Eesti_Vabariigi_Tartu_Ulikool, lk 28
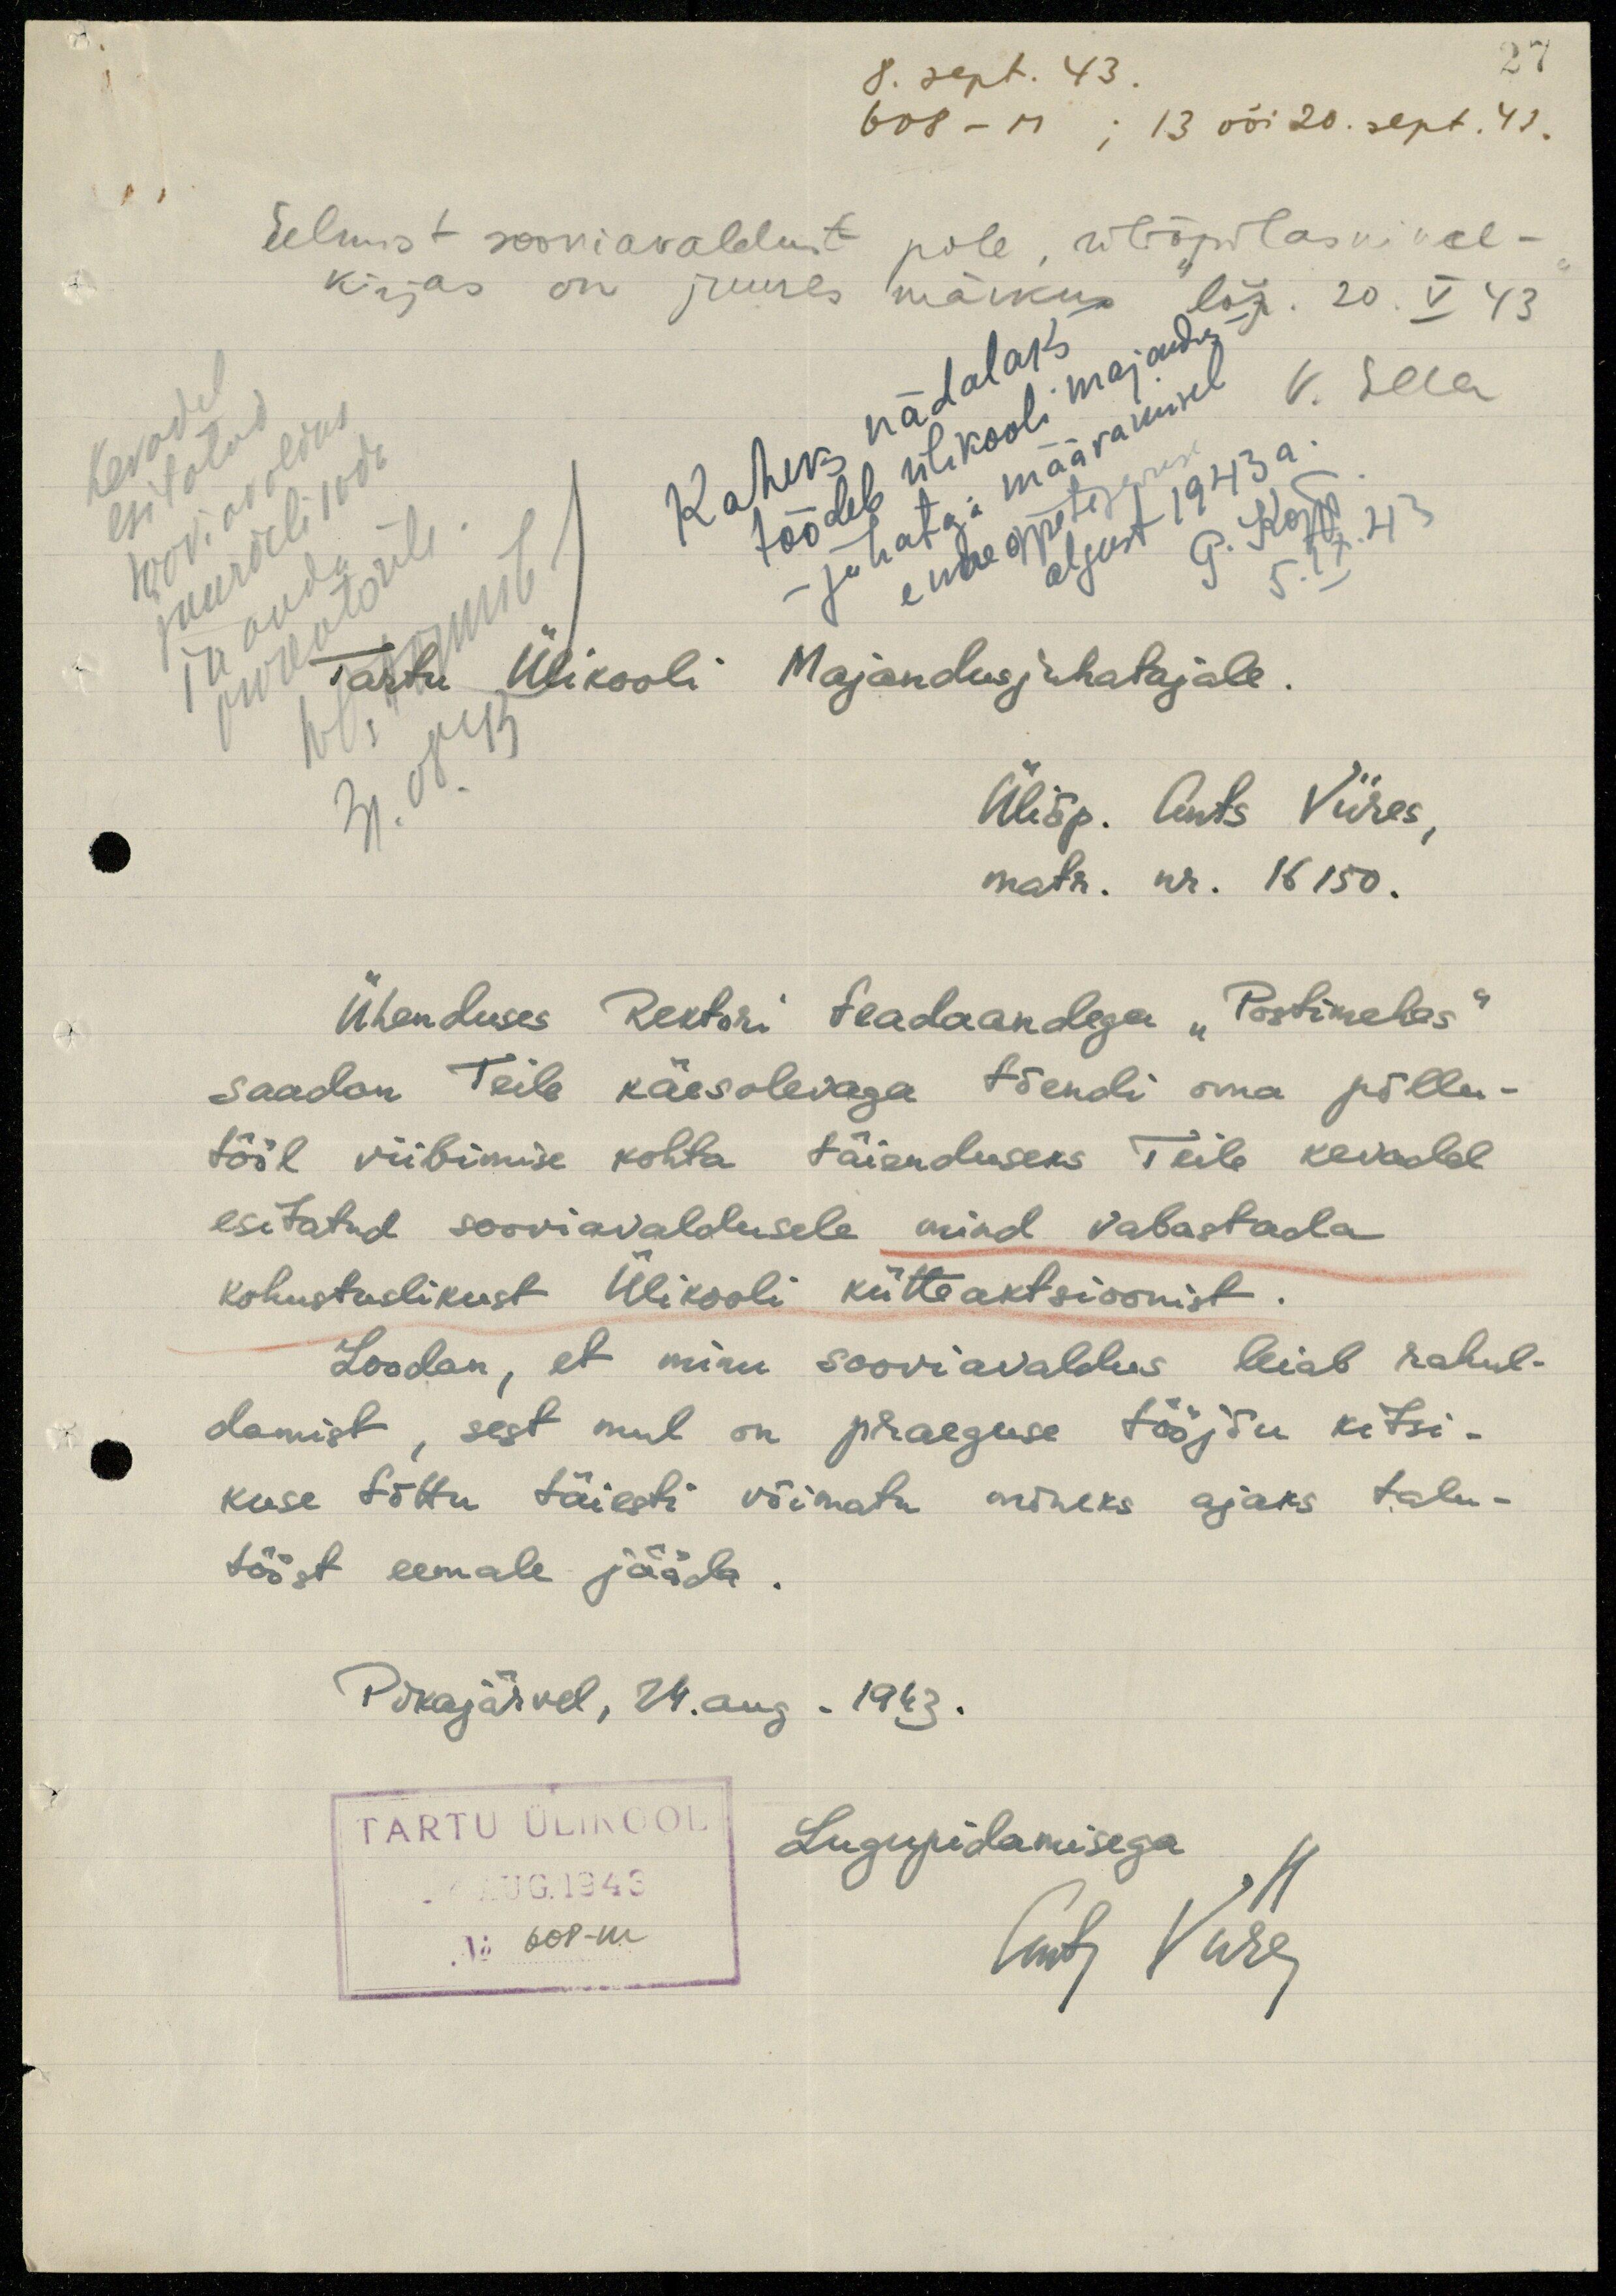
27
8. sept. 43.
608 - M ; 13 või 20. sept. 43.
Eelmist sooviavaldust pole, üliõpilasnime-
kirjas on juures märkus.
lõp. 20. V 43
Kevadel
Kaheks nädalaks
töödele ülikooli majandus-
esitatud
sooviavaldus
-juhataja määramisel
algust 1943 a.
enne õppetegevuse
juurdelisada
V. Ella
P. Kõpp
5.IX.43
prorektorile.
ja anda
Tartu Ülikooli Majandusjuhatajale
31.08.43
Üliõp. Ants Viires,
matr. nr. 16 150.
Ühenduses Rektori teadaandega "Postimehes"
saadan Teile käesolevaga tõendi oma põllu-
tööl viibimise kohta täienduseks Teile kevadel
esitatud sooviavaldusele mind vabastada
kohustuslikust Ülikooli kütteaktsioonist.
Loodan, et minu sooviavaldus leiab rahul-
damist, sest mul on praeguse tööjõu kitsi-
kuse tõttu täiesti võimatu mõneks ajaks talu-
tööst eemale jääda.
Pikajärvel, 24.aug. 1943.
Lugupidamisega
Ants Viires
TARTU ÜLIKOOL
xx AUG. 1943
No 608-m